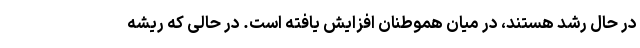
در حال رشد هستند، در میان هموطنان افزایش یافته است. در حالی که ریشه